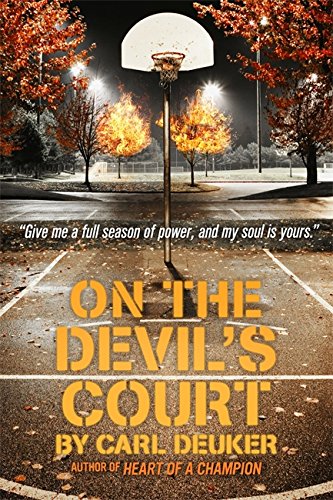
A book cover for On the Devil's Court; Carl Deuker; Teen & Young Adult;